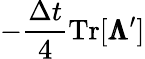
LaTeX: -\frac{\Delta t}{4}\mathrm{Tr}[\pmb{\Lambda}^{\prime}]